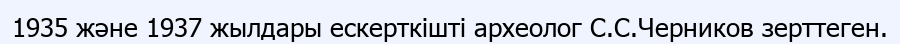
1935 және 1937 жылдары ескерткішті археолог С.С.Черников зерттеген.